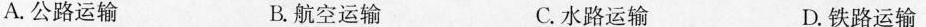
A.公路运输 B.航空运输 C.水路运输 D.铁路运输